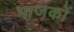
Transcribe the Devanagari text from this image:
भाजकों